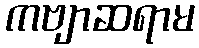
ကဗျာဆရာမ